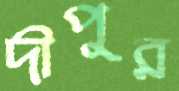
দীপুর